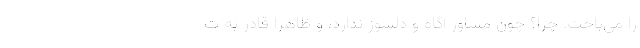
را می‌باخت. چرا؟ چون مشاور آگاه و دلسوز ندارد، و ظاهراً قادر به ت